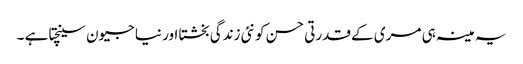
یہ مینہ ہی مری کے قدرتی حسن کو نئی زندگی بخشتا اور نیا جیون سینچتا ہے ۔